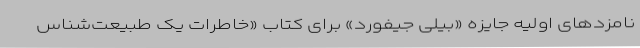
نامزدهای اولیه جایزه «بیلی جیفورد» برای کتاب «خاطرات یک طبیعت‌شناس